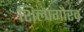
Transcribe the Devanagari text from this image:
शिल्पगौरव